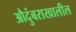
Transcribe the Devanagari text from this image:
औदुंबराखालील